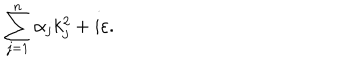
\sum _ { j = 1 } ^ { n } \alpha _ { j } k _ { j } ^ { 2 } + i \varepsilon .